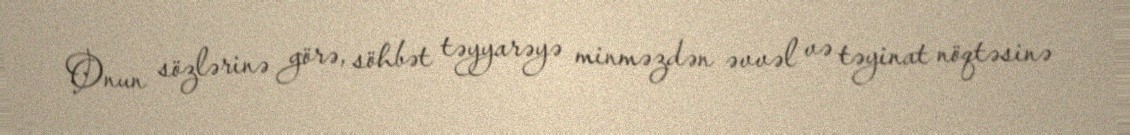
Onun sözlərinə görə, söhbət təyyarəyə minməzdən əvvəl və təyinat nöqtəsinə